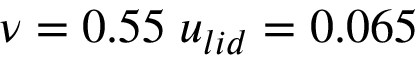
\nu = 0 . 5 5 \; u _ { l i d } = 0 . 0 6 5